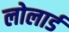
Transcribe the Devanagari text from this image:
लोलार्ड